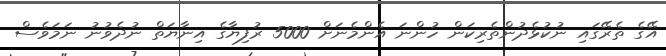
އޭގެ ތެރޭގައި ނުކުޅެދުންތެރިކަން ހުންނަ އެންމެނަށް 5000 ރުފިޔާގެ އިނާޔަތް ނުދެވުނު ނަމަވެސް